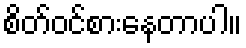
စိတ်ဝင်စားနေတာပါ။